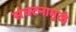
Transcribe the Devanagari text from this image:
संघटनामुळे